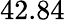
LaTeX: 42.84